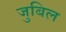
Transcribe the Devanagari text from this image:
जुबिल